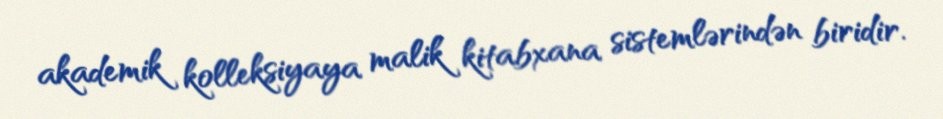
akademik kolleksiyaya malik kitabxana sistemlərindən biridir.